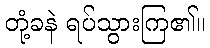
တုံ့ခနဲ ရပ်သွားကြ၏။